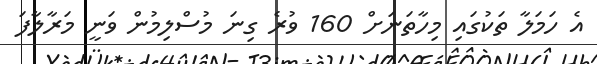
އެ ހަމަލާ ތަކުގައި މިހާތަނަށް 160 ވުރެ ގިނަ މުސްލިމުން ވަނީ މަރާލާފަ